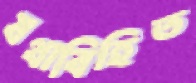
যথাবিহিত